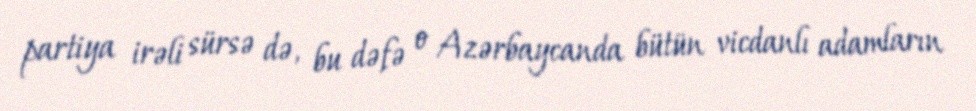
partiya irəli sürsə də, bu dəfə o Azərbaycanda bütün vicdanlı adamların